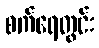
စက်ရေတွင်း